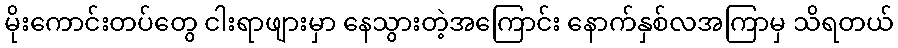
မိုးကောင်းတပ်တွေ ငါးရာဖျားမှာ နေသွားတဲ့အကြောင်း နောက်နှစ်လအကြာမှ သိရတယ်